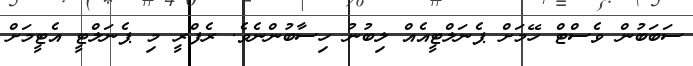
ސަަބަބުން ވެސްޓް ހޭމަށް ޕެނަލްޓީއެއް ލިބުނު ހިސާބުންނެވެ. ރެފްރީ މި ޕެނަލްޓީ އެޓީމަށް